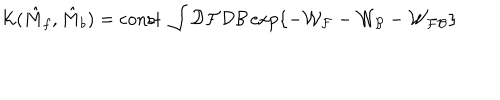
{ \mathcal { K } } ( \hat { M } _ { f } , \hat { M } _ { b } ) = \mathrm { c o n s t } \; \int { \mathcal { D } } { \mathcal { F } } { \mathcal { D } } { \mathcal { B } } \exp \left\{ - { \mathcal { W _ { F } } } - { \mathcal { W _ { B } } } - { \mathcal { W _ { F B } } } \right\}